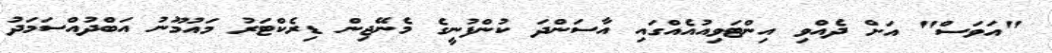
"އަވަސް" އަށް ދެއްވި އިންޓަވިއުއެއްގައި އާސަންދަ ކުންފުނީގެ މެނޭޖިން ޑިރެކްޓަރު މައުމޫނު އަބްދުއްސަމަދު